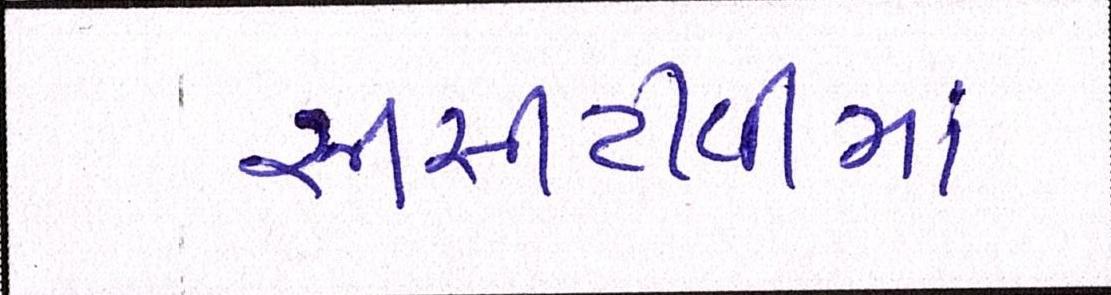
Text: સીસીટીવીમાં